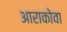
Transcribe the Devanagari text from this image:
आराकोवा